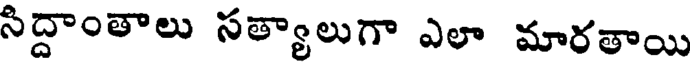
సిద్దాంతాలు సత్యాలుగా ఎలా మారతాయి